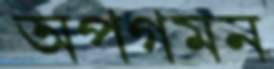
অপগমন